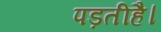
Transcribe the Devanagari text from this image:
पड़तीहै।